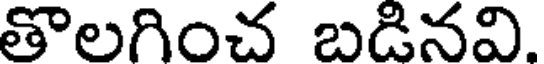
తొలగించ బడినవి.